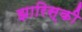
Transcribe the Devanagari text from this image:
झारिस्की